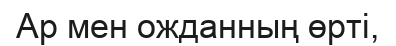
Ар мен ожданның өрті,